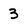
Character: 3